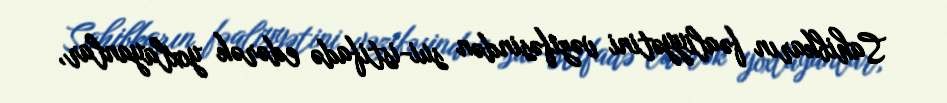
Sahibkarın fəaliyyətini vəzifəsindən sui-istifadə edərək yoxlayanlar,